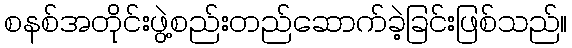
စနစ်အတိုင်းဖွဲ့စည်းတည်ဆောက်ခဲ့ခြင်းဖြစ်သည်။